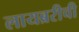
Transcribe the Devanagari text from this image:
लायब्ररीची